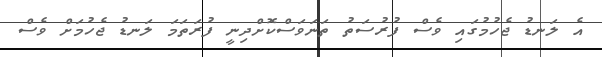
އެ ލަނޑު ޖެހުމުގައި ވެސް ފުރުސަތު ތަނަވަސްކޮށްދިނީ ފުރަތަމަ ލަނޑު ޖެހުމަށް ވެސް